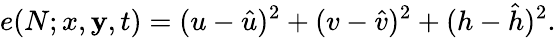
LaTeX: e(N;x,\mathbf{y},t)=(u-\hat{{u}})^{2}+(v-\hat{{v}})^{2}+(h-\hat{{h}})^{2}.